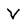
Character: V